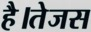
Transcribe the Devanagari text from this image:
है।तेजस